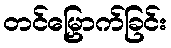
တင်မြှောက်ခြင်း